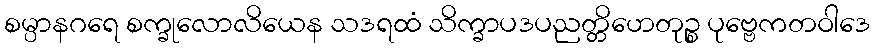
စမ္ပာနဂရေ စက္ခုလောလိယေန သဒရထံ သိက္ခာပဒပညတ္တိဟေတုဉ္စ ပုဗ္ဗေကတဝါဒေ